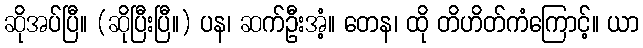
ဆိုအပ်ပြီ။ (ဆိုပြီးပြီ။) ပန၊ ဆက်ဦးအံ့။ တေန၊ ထို တိဟိတ်ကံကြောင့်။ ယာ